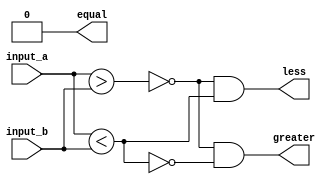
module comparator_4bit (
    input [3:0] input_a,
    input [3:0] input_b,
    output equal,
    output greater,
    output less
);

reg [3:0] equal_bits;
reg [3:0] greater_bits;
reg [3:0] less_bits;

// Comparing individual bits
assign equal_bits = input_a == input_b;
assign greater_bits = input_a > input_b;
assign less_bits = input_a < input_b;

// Determining final comparison result
assign equal = &equal_bits;
assign greater = ~|greater_bits & ~|less_bits;
assign less = ~|greater_bits & |less_bits;

endmodule